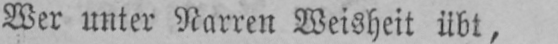
Wer unter Narren Weisheit übt,